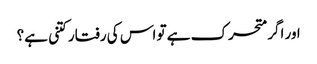
اور اگر متحرک ہے تو اس کی رفتار کتنی ہے؟